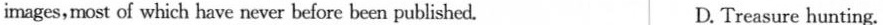
images,most of which have never before been published. D. Treasure hunting.